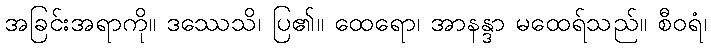
အခြင်းအရာကို။ ဒဿေသိ၊ ပြ၏။ ထေရော၊ အာနန္ဒာ မထေရ်သည်။ စီဝရံ၊